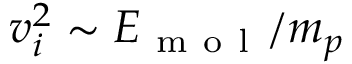
v _ { i } ^ { 2 } \sim E _ { \mathrm { ~ m ~ o ~ l ~ } } / m _ { p }